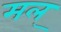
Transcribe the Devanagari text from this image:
मल्